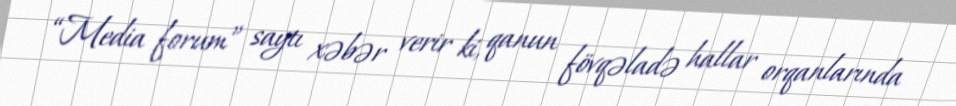
“Media forum” saytı xəbər verir ki, qanun fövqəladə hallar orqanlarında